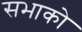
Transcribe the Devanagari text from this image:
सभाको